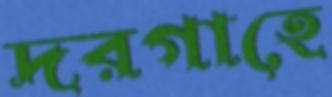
দরগাহে